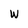
Character: W